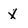
Character: x